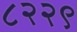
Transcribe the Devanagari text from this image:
८२२९